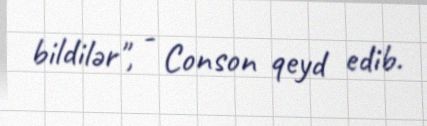
bildilər", - Conson qeyd edib.